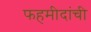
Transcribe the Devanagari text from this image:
फहमीदांची